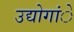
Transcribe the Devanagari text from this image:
उद्योगांे